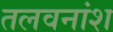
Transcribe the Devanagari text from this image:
तलवनांश